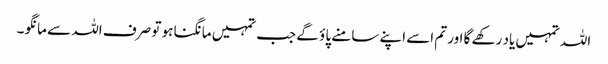
اللہ تمہیں یاد رکھے گا اور تم اسے اپنے سامنے پاؤ گے جب تمہیں مانگنا ہو تو صرف اللہ سے مانگو ۔